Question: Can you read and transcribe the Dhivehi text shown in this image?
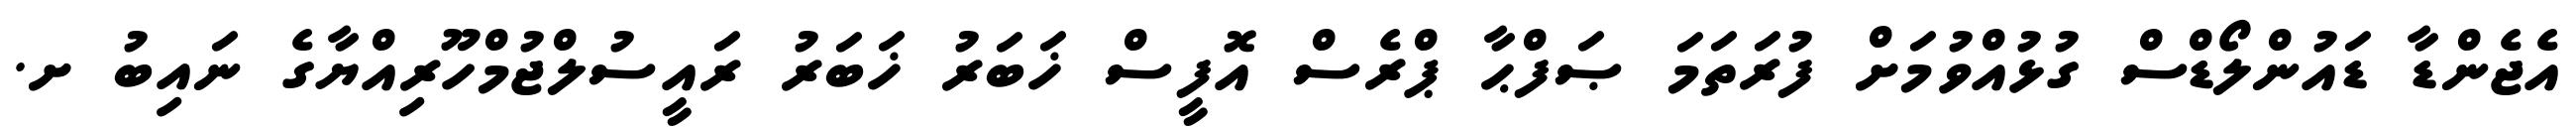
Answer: އެޖެންޑާ ޑައުންލޯޑްސް ގުޅުއްވުމަށް ފުރަތަމަ ޞަފްޙާ ޕްރެސް އޮފީސް ޚަބަރު ޚަބަރު ރައީސުލްޖުމްހޫރިއްޔާގެ ނައިބު ށ.